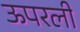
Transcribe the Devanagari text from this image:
ऊपरली